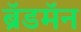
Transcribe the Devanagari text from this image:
ब्रॅडमॅन